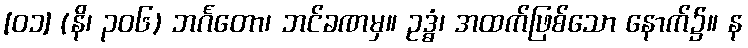
[၀၁] (နိ၊ ၃၀၆) ဘင်္ဂတော၊ ဘင်ခဏမှ။ ဥဒ္ဓံ၊ အထက်ဖြစ်သော နောက်၌။ န